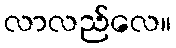
လာလည်လေ။